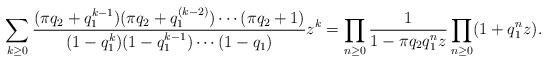
LaTeX: \begin{align*} \sum_{k \ge 0} \frac{(\pi q_2 + q_1^{k-1}) (\pi q_2 + q_1^{(k-2)}) \dotsm (\pi q_2 + 1)}{(1-q_1^k) (1-q_1^{k-1}) \dotsm (1-q_1)} z^k = \prod_{n \ge 0} \frac{1}{1 - \pi q_2 q_1^nz} \prod_{n \ge 0} (1+q_1^nz). \end{align*}